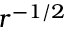
r ^ { - 1 / 2 }